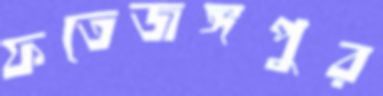
ফতেজঙ্গপুর